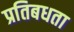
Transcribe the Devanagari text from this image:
प्रतिबधता